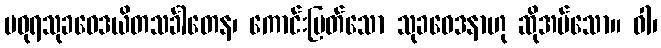
မဓုရသုခဝေဒယိတသင်္ခါတေန၊ ကောင်းမြတ်သော သုခဝေဒနာဟု ဆိုအပ်သော။ ဝါ၊